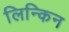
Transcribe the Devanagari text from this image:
लिन्किन